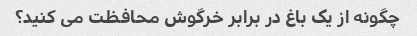
چگونه از یک باغ در برابر خرگوش محافظت می کنید؟